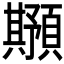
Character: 𲊸